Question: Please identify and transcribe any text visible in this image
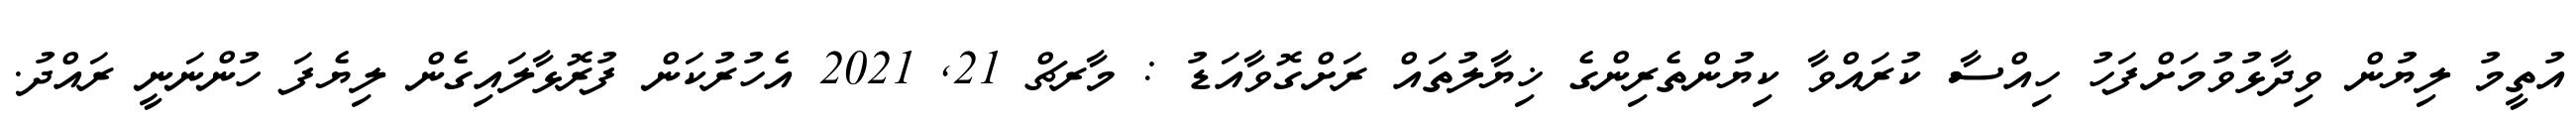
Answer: އުތީމު ލިޔުން ވިދާޅުވުމަށްފަހު ހިއްސާ ކުރައްވާ ކިޔުންތެރިންގެ ޚިޔާލުތައް ރަށްގޮވާއަޑު : މާރޗް 21, 2021 އެހުރުކަން ފުރޮޅާލައިގެން ލިޔެފަ ހުންނަނީ ރައްދު.